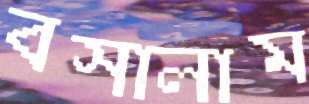
বসালাম